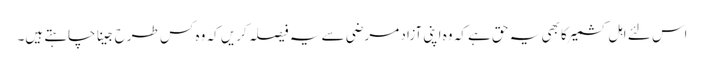
اس لئے اہل کشمیر کا بھی یہ حق ہے کہ وہ اپنی آزاد مرضی سے یہ فیصلہ کریں کہ وہ کس طرح جینا چاہتے ہیں۔